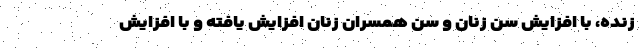
زنده، با افزایش سن زنان و سن همسران زنان افزایش یافته و با افزایش